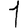
Digit: 1